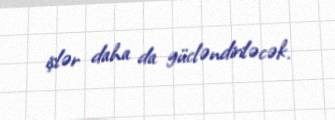
işlər daha da gücləndiriləcək.